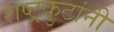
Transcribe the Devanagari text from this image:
राष्ट्रकुटांनी